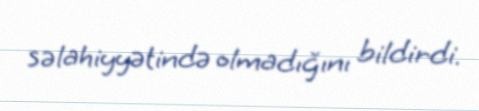
səlahiyyətində olmadığını bildirdi.